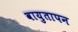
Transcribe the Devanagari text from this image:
वायुतापन